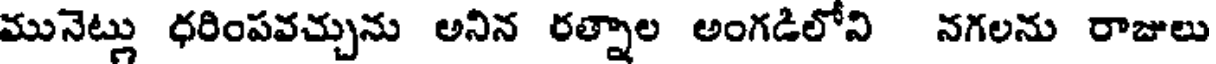
మునెట్లు ధరింపవచ్చును అనిన రత్నాల అంగడిలోని నగలను రాజులు